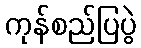
ကုန်စည်ပြပွဲ